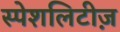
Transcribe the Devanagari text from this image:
स्पेशलिटीज़